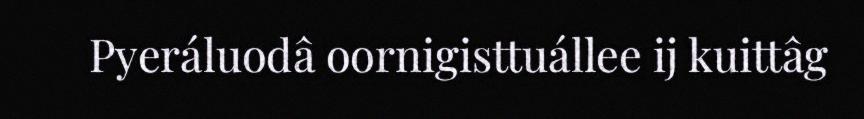
Pyeráluodâ oornigisttuállee ij kuittâg